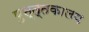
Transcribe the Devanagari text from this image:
पुस्त्तकालय